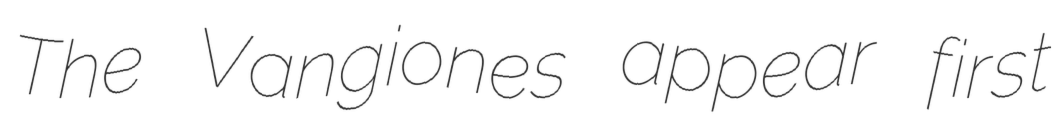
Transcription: The Vangiones appear first